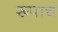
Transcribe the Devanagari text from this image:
रूपाचं